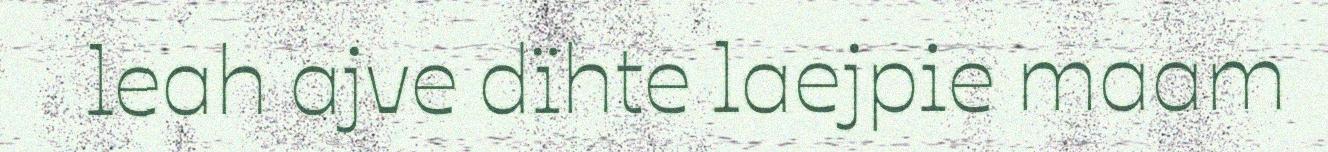
leah ajve dïhte laejpie maam